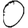
Digit: 0